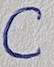
Text: C